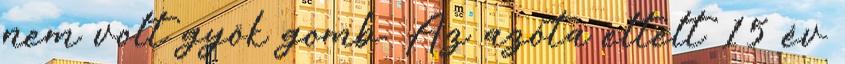
nem volt gyök gomb. Az azóta eltelt 15 év